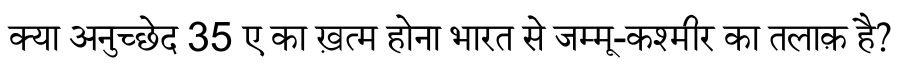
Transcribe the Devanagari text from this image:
क्या अनुच्छेद 35 ए का ख़त्म होना भारत से जम्मू-कश्मीर का तलाक़ है?